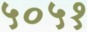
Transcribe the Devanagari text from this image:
५०५१